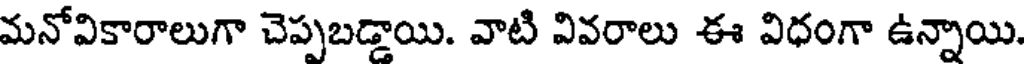
మనోవికారాలుగా చెప్పబడ్డాయి. వాటి వివరాలు ఈ విధంగా ఉన్నాయి.